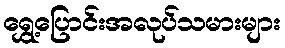
ရွှေ့ပြောင်းအလုပ်သမားများ